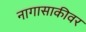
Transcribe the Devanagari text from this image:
नागासाकीवर